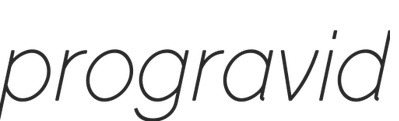
progravid